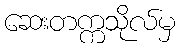
ဆေးတက္ကသိုလ်မှ